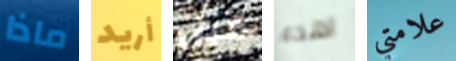
ماذا أريد قبل اهدء علامتي